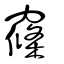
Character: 窱